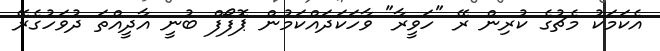
އެކަމަކު މެޗުގެ ކުރިން ރޭ "ހަވީރާ" ވާހަކަދައްކަމުން ޕޮފޯފް ބުނީ އާދީއްތަ ދުވަހުގެރޭ